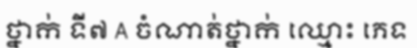
ថ្នាក់ ទី៧ A ចំណាត់ថ្នាក់ ឈ្មោះ ភេទ